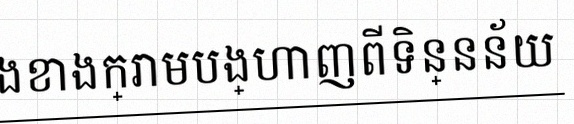
តារាងខាងក្រោមបង្ហាញពីទិន្នន័យ